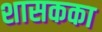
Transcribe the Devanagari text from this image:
शासकका